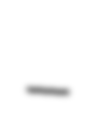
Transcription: –